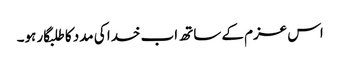
اس عزم کے ساتھ اب خدا کی مدد کا طلبگار ہو۔